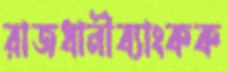
রাজধানীব্যাংকক